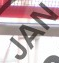
JAN